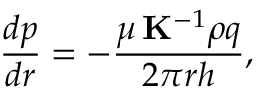
\frac { d p } { d r } = - \frac { \mu \, \mathbf { K } ^ { - 1 } \rho q } { 2 \pi r h } ,